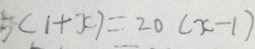
5 ( 1 + x ) = 2 0 ( x - 1 )